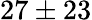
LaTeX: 27\pm 23